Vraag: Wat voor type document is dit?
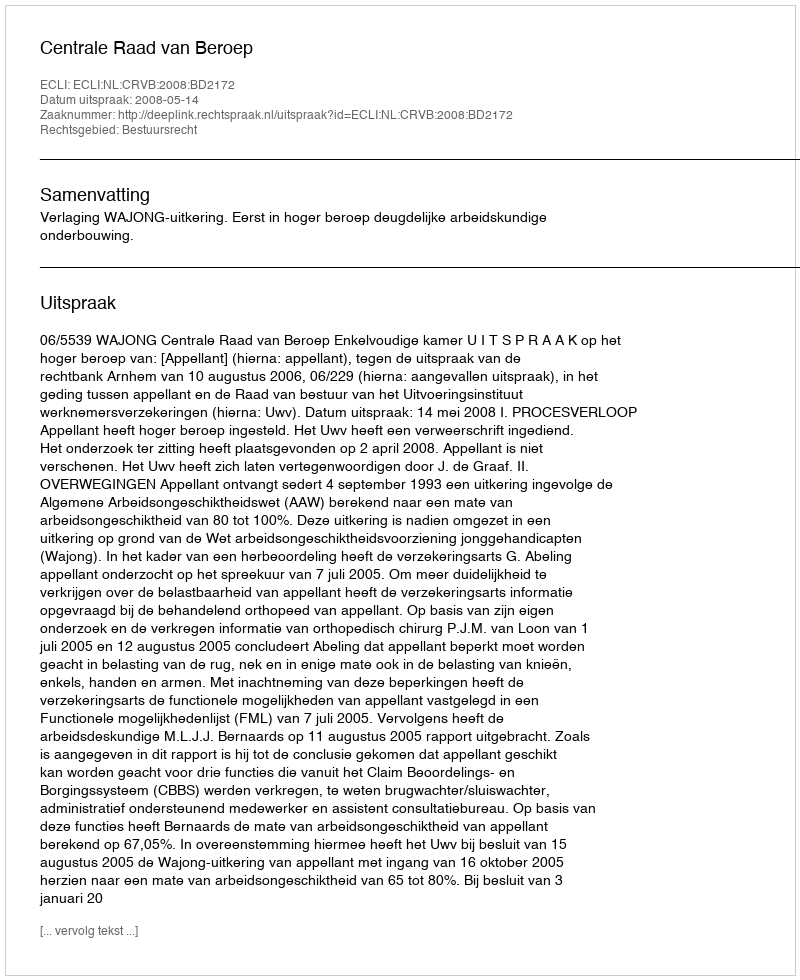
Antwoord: Uitspraak